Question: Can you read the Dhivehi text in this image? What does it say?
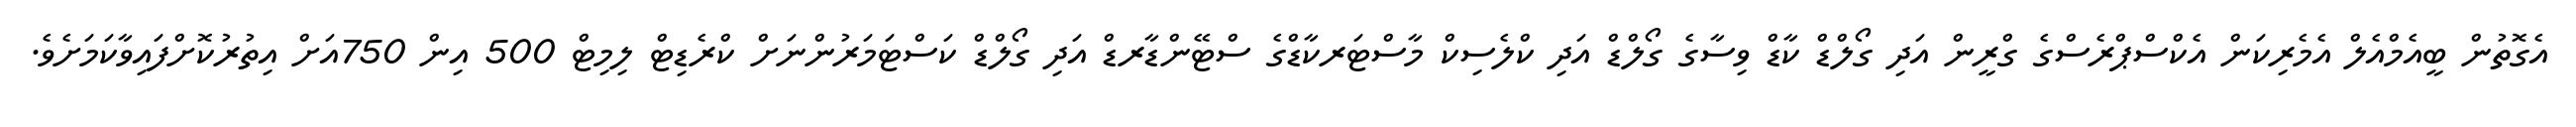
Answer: އެގޮތުން ބީއެމްއެލް އެމެރިކަން އެކްސްޕްރެސްގެ ގްރީން އަދި ގޯލްޑް ކާޑް ވިސާގެ ގޯލްޑް އަދި ކްލެސިކް މާސްޓަރކާޑްގެ ސްޓޭންޑާރޑް އަދި ގޯލްޑް ކަސްޓަމަރުންނަށް ކްރެޑިޓް ލިމިޓް 500 އިން 750އަށް އިތުރުކޮށްފައިވާކަމަށެވެ.